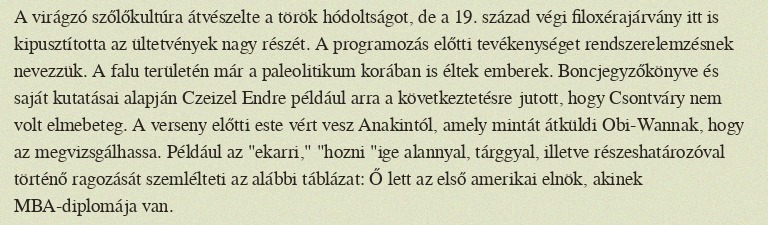
A virágzó szőlőkultúra átvészelte a török hódoltságot, de a 19. század végi filoxérajárvány itt is kipusztította az ültetvények nagy részét. A programozás előtti tevékenységet rendszerelemzésnek nevezzük. A falu területén már a paleolitikum korában is éltek emberek. Boncjegyzőkönyve és saját kutatásai alapján Czeizel Endre például arra a következtetésre jutott, hogy Csontváry nem volt elmebeteg. A verseny előtti este vért vesz Anakintól, amely mintát átküldi Obi-Wannak, hogy az megvizsgálhassa. Például az "ekarri," "hozni "ige alannyal, tárggyal, illetve részeshatározóval történő ragozását szemlélteti az alábbi táblázat: Ő lett az első amerikai elnök, akinek MBA-diplomája van.